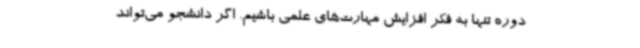
دوره تنها به فکر افزایش مهارت‌های علمی باشیم. اگر دانشجو می‌تواند